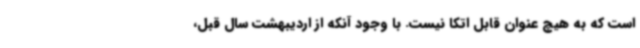
است که به هیچ عنوان قابل اتکا نیست. با وجود آنکه از اردیبهشت سال قبل،